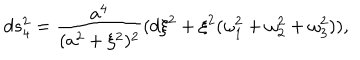
d s _ { 4 } ^ { 2 } = \frac { a ^ { 4 } } { ( a ^ { 2 } + \xi ^ { 2 } ) ^ { 2 } } ( d \xi ^ { 2 } + \xi ^ { 2 } ( \omega _ { 1 } ^ { 2 } + \omega _ { 2 } ^ { 2 } + \omega _ { 3 } ^ { 2 } ) ) ,